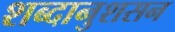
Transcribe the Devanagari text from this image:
शब्दानुशसन